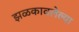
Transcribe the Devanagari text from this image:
झळकावलेल्या